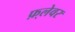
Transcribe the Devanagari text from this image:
फ़्लेवर